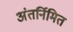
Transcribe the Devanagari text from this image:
अंतर्निमित